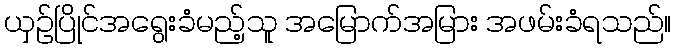
ယှဉ်ပြိုင်အရွေးခံမည့်သူ အမြောက်အမြား အဖမ်းခံရသည်။